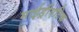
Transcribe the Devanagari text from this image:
माईड्रीएटिक